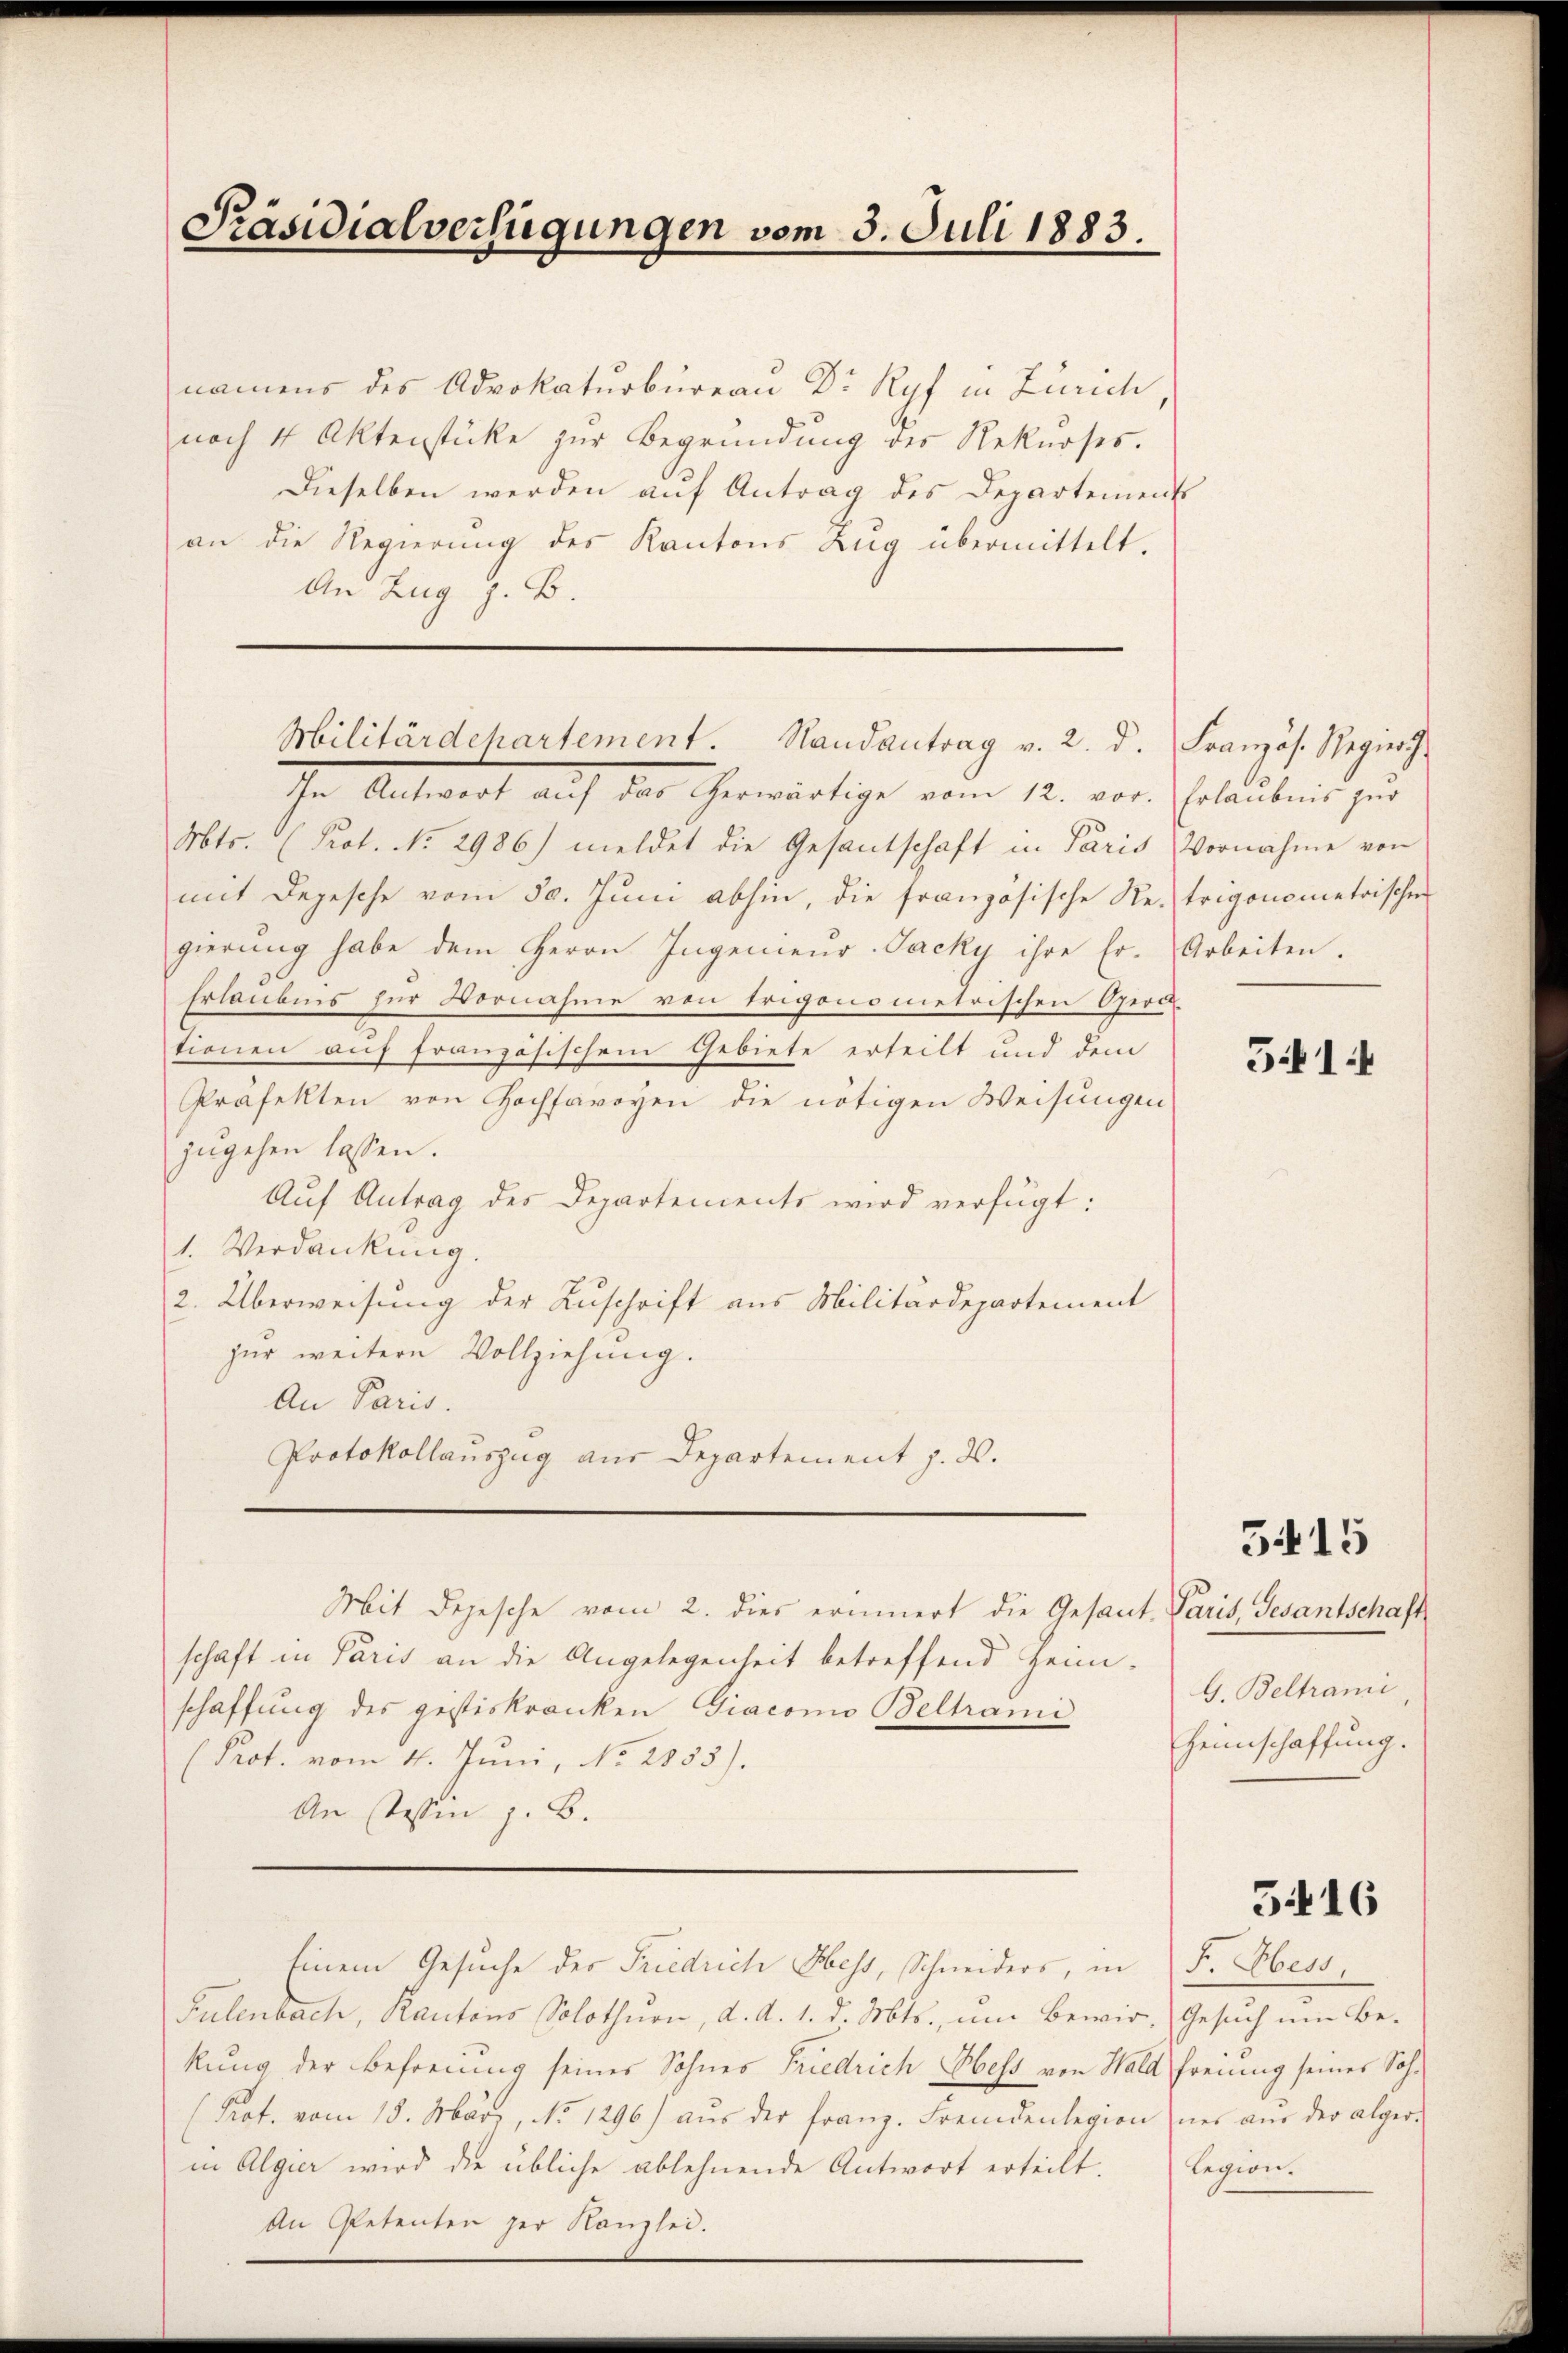
Präsidialverfügungen vom 3. Juli 1883.

namens des Advokaturbureau Dr Ryf in Zürich,
nach 4 Aktenstücke zur Begründung des Rekurses.
Dieselben werden aŭf Antrag des Departements
an die Regierung des Kantons Zŭg übermittelt.
An Zug z. B.

In Antwort aŭf das herwärtige vom 12. vor. Erlaubnis zŭr
Mts. (Prot. No. 2986) meldet die Gesantschaft in Paris Vornahme von
mit Depesche vom 30. Juni abhin, die französische Retrigonometrischen
gierung habe dem Herrn Ingenieur-Jacky ihre Er¬
Erlaubnis für Vornahme von Erigonometrischen Oeri-
tionen auf französischem Gebiete erteilt und dem
Präfekten von Hochsavoyen die nötigen Weisungen
zugehen lassen.
Auf Antrag des Departements wird verfügt:
1. Verdankung.
2. Überweisung der Zuschrift aus Militärdepartement
zur weitere Vollziehung.
An Paris.
Protokollauszug aus Departement z. d.
Mit Depesche vom 2. dies erinnert die Gesant Paris, Gesantschaft
schaft in Paris an die Angelegenheit betreffend Heimschaffung des gestiskranken Giacomo Beltrami
(Prot. vom 4. Juni, No 2855).
An stessen z. B.
Einem Gesuche der Friedrich Hess, Schneiders, in
Pulenbach, Kantons Solothurn, d. d. 1. d. Mts., um Bewir- Gesuch um Bekung der Befreung seiner Sohnes Friedrich Hess von Wald Freunig seines Soh¬
(Prot. vom 15. März, No 1296) aŭs der franz. Fremdenlegion ner aŭs der alger-
in Algier wird die übliche ablehnende Antwort erteilt.

0

Militärdehartement. Randantrag v. 2. d. Französ. Regier

Arbeiten.

541.

5415

G. Beltrani
Heimschaffung.

5416

F. Obers,
legion.